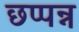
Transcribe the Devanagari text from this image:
छप्पन्न